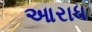
આરાધ